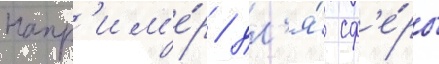
Напр'им'е́р / дл'я́ сф'е́ры